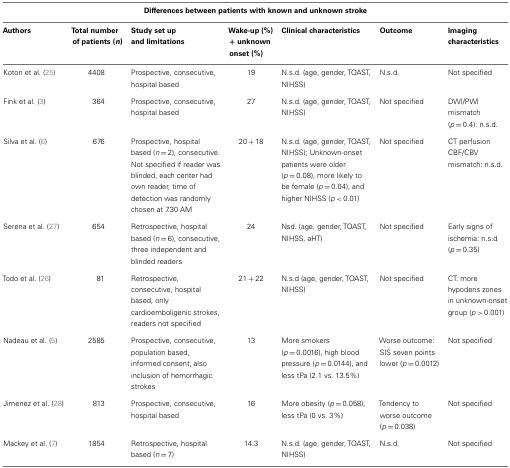
| <COLSPAN=7> Differences between patients with known and unknown stroke |
 | Authors | Total number of patients (n) | Study set up and limitations | Wake-up (%) + unknown onset (%) | Clinical characteristics | Outcome | Imaging characteristics |
 | --- | --- | --- | --- | --- | --- | --- |
 | Koton et al. (25) | 4408 | Prospective, consecutive, hospital based | 19 | N.s.d. (age, gender, TOAST, NIHSS) | N.s.d. | Not specified |
 | Fink et al. (3) | 364 | Prospective, consecutive, hospital based | 27 | N.s.d. (age, gender, TOAST, NIHSS) | Not specified | DWI/PWI mismatch (p = 0.4): n.s.d. |
 | Silva et al. (6) | 676 | Prospective, hospital based (n = 2), consecutive. Not specified if reader was blinded, each center had own reader, time of detection was randomly chosen at 7.30 AM | 20 + 18 | N.s.d. (age, gender, TOAST, NIHSS); Unknown-onset patients were older (p = 0.08), more likely to be female (p = 0.04), and higher NIHSS (p < 0.01) | Not specified | CT perfusion CBF/CBV mismatch: n.s.d. |
 | Serena et al. (27) | 654 | Retrospective, hospital based (n = 6), consecutive, three independent and blinded readers | 24 | Nsd. (age, gender, TOAST, NIHSS, aHT) | Not specified | Early signs of ischemia: n.s.d (p = 0.35) |
 | Todo et al. (26) | 81 | Retrospective, consecutive, hospital based, only cardioemboligenic strokes, readers not specified | 21 + 22 | N.s.d (age, gender, TOAST, NIHSS) | Not specified | CT: more hypodens zones in unknown-onset group (p > 0.001) |
 | Nadeau et al. (5) | 2585 | Prospective, consecutive, population based, informed consent, also inclusion of hemorrhagic strokes | 13 | More smokers (p = 0.0016), high blood pressure (p = 0.0144), and less tPa (2.1 vs. 13.5%) | Worse outcome: SIS seven points lower (p = 0.0012) | Not specified |
 | Jimenez et al. (28) | 813 | Prospective, consecutive, hospital based | 16 | More obesity (p = 0.058), less tPa (0 vs. 3%) | Tendency to worse outcome (p = 0.038) | Not specified |
 | Mackey et al. (7) | 1854 | Retrospective, hospital based (n = 7) | 14.3 | N.s.d. (age, gender, TOAST, NIHSS) | N.s.d. | Not specified |